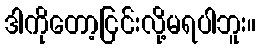
ဒါကိုတော့ငြင်းလို့မရပါဘူး။